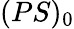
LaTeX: (PS)_{0}